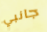
جانبي